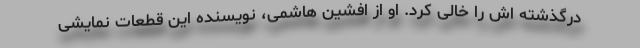
درگذشته اش را خالی کرد. او از افشین هاشمی، نویسنده این قطعات نمایشی